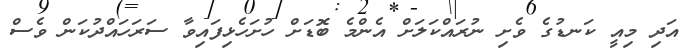
އަދި މިއީ ކަނޑުގެ ވެށި ނުރައްކަލަށް އެންމެ ބޮޑަށް ހުށަހެޅިފައިވާ ސަރަހައްދުކަން ވެސް